Annual administration report of the Civil Veterinary Department of India - 1896-1897
Year: 1896
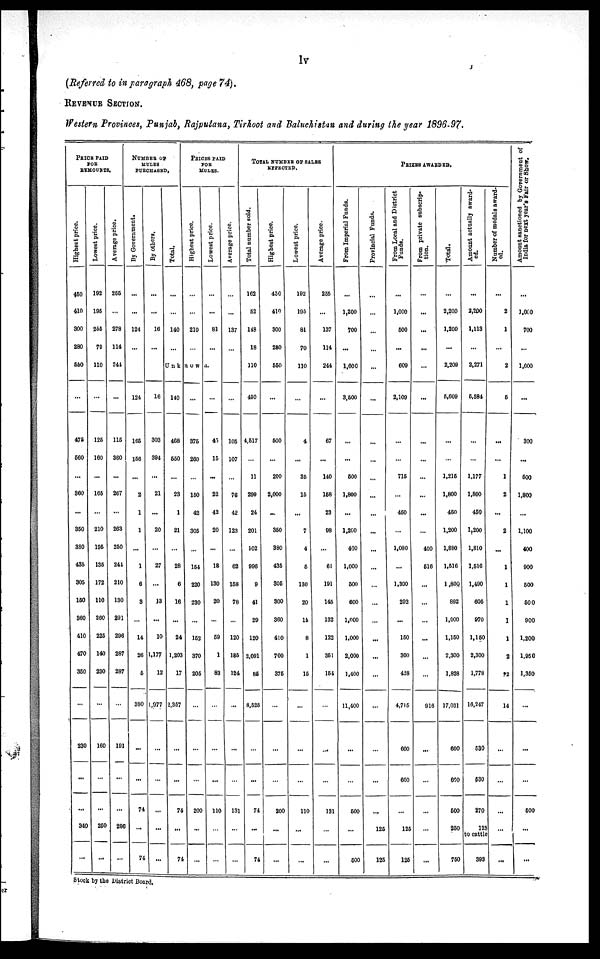
lv
(Referred to in paragraph 468, page 74).
REVENUE SECTION.
Western Provinces, Punjab, Rajputana, Tirhoot and Baluchistan and during the year 1896-97.
PRICE PAID
FOR
REMOUNTS.
Highest price.
450
410
300
280
550
...
476
560
...
360
...
350
380
435
305
150
360
410
470
350
...
230
...
...
340
...
Lowest price.
192
195
255
70
110
...
125
160
...
165
...
210
195
135
172
110
260
225
140
230
...
160
...
...
250
...
Average price.
255
...
278
114
241
...
116
360
...
267
...
263
250
241
210
130
291
296
287
287
...
191
...
...
296
...
NUMBER OF
MULES
PURCHASED.
By Government.
...
...
124
...
...
124
165
156
...
2
1
1
...
1
6
3
...
14
26
5
380
...
...
74
...
74
By others.
...
...
16
...
...
16
303
394
...
21
...
20
...
27
...
13
...
10
1,177
12
1,977
...
...
...
...
...
Total.
...
...
140
...
Unk
140
468
550
...
23
1
21
...
28
6
16
...
24
1,203
17
2,357
...
...
74
...
74
PRICES PAID
FOR
MULES.
Highest price.
...
...
210
...
now
...
375
260
...
150
42
305
...
154
220
230
...
152
370
205
...
...
...
200
...
...
Lowest price.
...
...
81
...
n....
...
45
15
...
22
42
20
...
18
130
20
...
59
1
83
...
...
...
110
...
...
Average price.
...
...
137
...
...
...
105
107
...
76
42
123
...
62
168
78
...
120
185
124
...
...
...
131
...
...
TOTAL NUMBER OF SALES
EFFECTED.
Total number sold.
162
52
148
18
110
490
4,517
...
11
299
24
201
102
996
9
41
29
120
2,091
86
8,525
...
...
74
...
74
Highest price.
450
410
300
280
550
...
500
...
200
2,000
...
350
380
435
305
300
360
410
700
375
...
...
...
200
...
...
Lowest price.
192
195
81
70
110
...
4
...
35
15
...
7
4
5
130
20
15
8
1
15
...
...
...
110
...
...
Average price.
255
...
137
114
244
...
67
...
140
158
23
98
...
61
191
145
132
122
351
154
...
...
...
131
...
...
PRIZES AWARDED.
From Imperial Funds.
...
1,200
700
...
1,600
3,500
...
...
500
1,800
...
1,200
400
1,000
600
600
1,000
1,000
2,000
1,400
11,400
...
...
500
...
600
Provincial Funds.
...
...
...
...
...
...
...
...
...
...
...
...
...
...
...
...
...
...
...
...
...
...
...
...
125
125
From Local and District
Funds.
...
1,000
500
...
609
2,109
...
...
715
...
450
...
1,080
...
1,300
292
...
150
300
428
4,715
600
600
125
125
From private subscrip-
tion.
...
...
...
...
...
...
...
...
...
...
...
...
400
516
...
...
...
...
...
...
916
...
...
...
...
...
Total.
...
2,200
1,200
...
2,209
5,609
...
1,215
1,800
450
1,200
1,880
1,516
1,800
892
1,000
1,150
2,300
1,828
17,031
600
600
500
250
750
Amount actually award-
ed.
...
2,200
1,113
2,271
6,584
...
...
1,177
1,800
450
1,200
1,810
1,516
1,490
606
970
1,150
2,300
1,778
16,247
530
530
270
123
to cattle
393
Number of medals award-
ed.
...
2
1
...
2
5
...
...
1
2
...
2
...
...
...
...
...
...
2
2
14
...
...
...
...
...
Amount sanctioned by Government of
India for next year's Fair or Show.
...
1,060
700
...
1,600
...
300
...
500
1,800
...
1,100
400
900
500
500
900
1,200
1,950
1,350
...
...
...
500
...
...
Stock by the District Board.